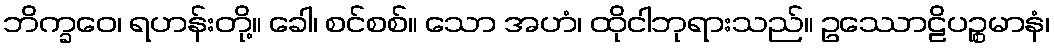
ဘိက္ခဝေ၊ ရဟန်းတို့။ ခေါ၊ စင်စစ်။ သော အဟံ၊ ထိုငါဘုရားသည်။ ဥဿောဠိပဉ္စမာနံ၊